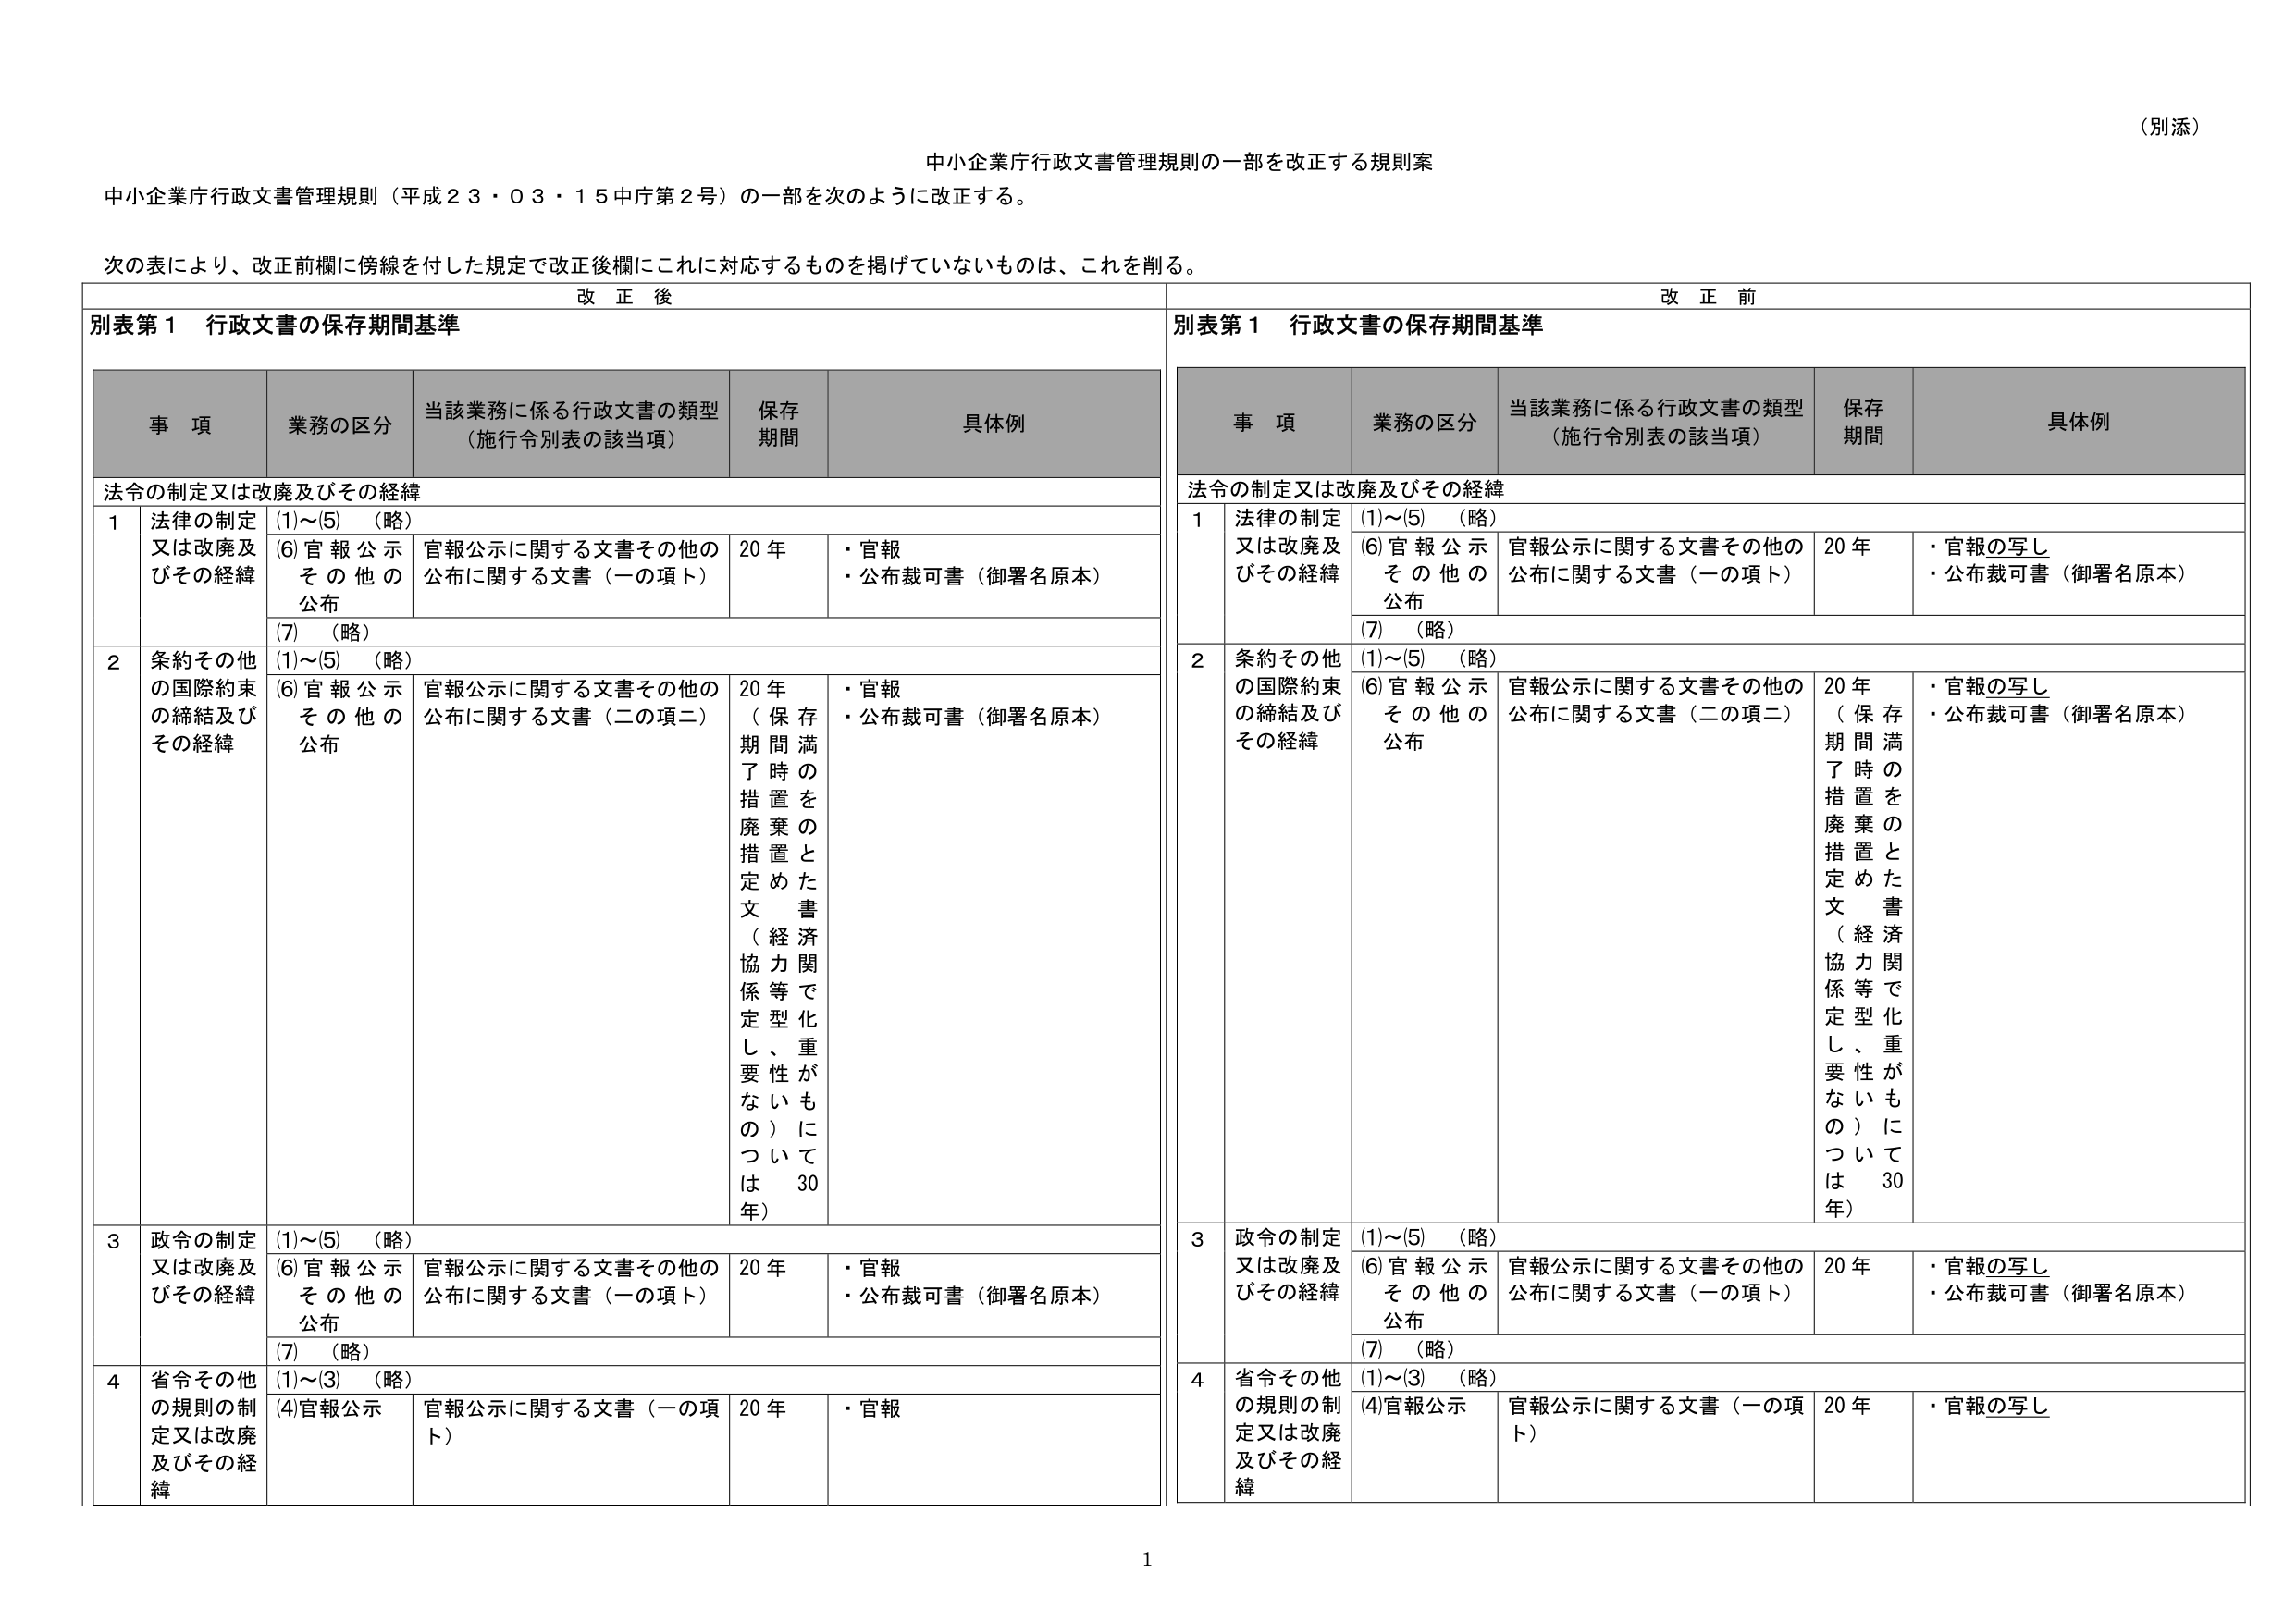
（別添）

中小企業庁行政文書管理規則の一部を改正する規則案

中小企業庁行政文書管理規則（平成２３・０３・１５中庁第２号）の一部を次のように改正する。

次の表により、改正前欄に傍線を付した規定で改正後欄にこれに対応するものを掲げていないものは、これを削る。

改正後

別表第１ 行政文書の保存期間基準

事項 業務の区分 当該業務に係る行政文書の類型（施行令別表の該当項） 保存期間 具体例

法令の制定又は改廃及びその経緯

１ 法律の制定又は改廃及びその経緯 (1)～(5) （略） (6)官報公示 その他の公布 官報公示に関する文書その他の公布に関する文書（一の項ト） 20年 ・官報 ・公布裁可書（御署名原本） (7) （略）

２ 条約その他 の国際約束 の締結及び その経緯 (1)～(5) （略） (6)官報公示 その他の公布 官報公示に関する文書その他の公布に関する文書（二の項二） 20年 （保存期間満了時の措置を定めた書類で、経済関係等型、重要性が重いものについては30年） ・官報 ・公布裁可書（御署名原本） (7) （略）

３ 政令の制定又は改廃及びその経緯 (1)～(5) （略） (6)官報公示 その他の公布 官報公示に関する文書その他の公布に関する文書（一の項ト） 20年 ・官報 ・公布裁可書（御署名原本） (7) （略）

４ 省令その他 の規則の制定又は改廃及びその経緯 (1)～(3) （略） (4)官報公示 官報公示に関する文書（一の項ト） 20年 ・官報

改正前

別表第１ 行政文書の保存期間基準

事項 業務の区分 当該業務に係る行政文書の類型（施行令別表の該当項） 保存期間 具体例

法令の制定又は改廃及びその経緯

１ 法律の制定又は改廃及びその経緯 (1)～(5) （略） (6)官報公示 その他の公布 官報公示に関する文書その他の公布に関する文書（一の項ト） 20年 ・官報の写し ・公布裁可書（御署名原本） (7) （略）

２ 条約その他 の国際約束 の締結及び その経緯 (1)～(5) （略） (6)官報公示 その他の公布 官報公示に関する文書その他の公布に関する文書（二の項二） 20年 （保存期間満了時の措置を定めた書類で、経済関係等型、重要性が重いものについては30年） ・官報の写し ・公布裁可書（御署名原本） (7) （略）

３ 政令の制定又は改廃及びその経緯 (1)～(5) （略） (6)官報公示 その他の公布 官報公示に関する文書その他の公布に関する文書（一の項ト） 20年 ・官報の写し ・公布裁可書（御署名原本） (7) （略）

４ 省令その他 の規則の制定又は改廃及びその経緯 (1)～(3) （略） (4)官報公示 官報公示に関する文書（一の項ト） 20年 ・官報の写し

1